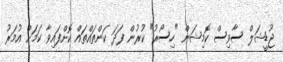
ޖުޑީޝަލް ސާވިސް ކޮމިޝަން "ހިސޯރު" ކުރުން ފަދަ ކަންތައްތައް ކޮށްފައިވާ ކަމަށް އުމަރު